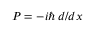
P = - i \hbar \, d / d x